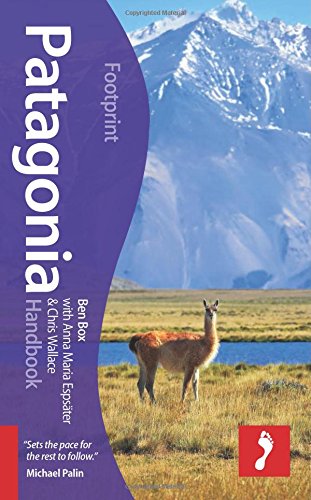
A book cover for Patagonia Handbook (Footprint - Handbooks); Ben Box; Travel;